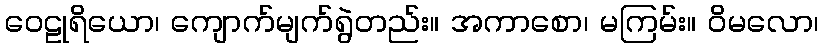
ဝေဠုရိယော၊ ကျောက်မျက်ရွဲတည်း။ အကာစော၊ မကြမ်း။ ဝိမလော၊